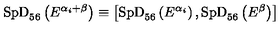
\mathrm { S p D } _ { 5 6 } \left( E ^ { \alpha _ { i } + \beta } \right) \equiv \left[ \mathrm { S p D } _ { 5 6 } \left( E ^ { \alpha _ { i } } \right) , \mathrm { S p D } _ { 5 6 } \left( E ^ { \beta } \right) \right]